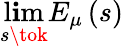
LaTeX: \operatorname*{l\mathbf{i}m}_{s\tok}E_{\mu}\left(s\right)